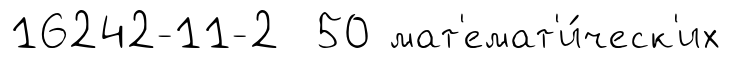
16242-11-2 50 мат'емат'и́ческ'их